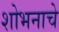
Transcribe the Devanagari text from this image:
शोभनाचे